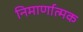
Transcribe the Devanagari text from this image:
निमार्णात्मक